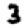
Digit: 3